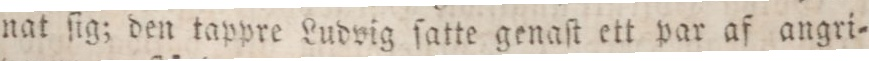
nat ſig; den tappre Ludvig ſatte genaſt ett par af angri=